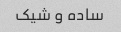
ساده و شیک